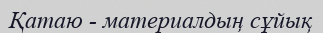
Қатаю - материалдың сұйық